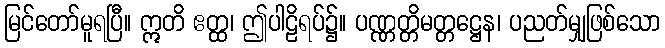
မြင်တော်မူရပြီ။ ဣတိ ဧတ္ထ၊ ဤပါဠိရပ်၌။ ပဏ္ဏတ္တိမတ္တဋ္ဌေန၊ ပညတ်မျှဖြစ်သော